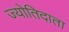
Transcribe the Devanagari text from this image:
ज्योतिदाता